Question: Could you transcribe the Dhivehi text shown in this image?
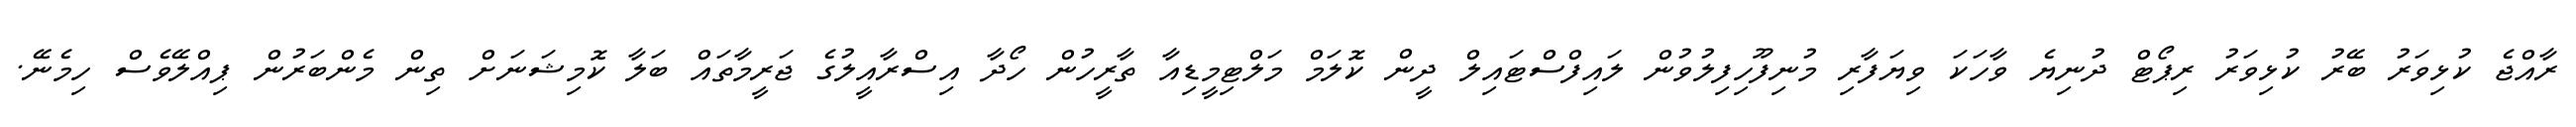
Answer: ރާއްޖެ ކުޅިވަރު ބޭރު ކުޅިވަރު ރިޕޯޓް ދުނިޔެ ވާހަކަ ވިޔަފާރި މުނިފޫހިފިލުވުން ލައިފްސްޓައިލް ދީން ކޮލަމް މަލްޓިމީޑިއާ ތާރީހުން ހޯދާ އިސްރާއީލުގެ ޖަރީމާތައް ބަލާ ކޮމިޝަނަށް ތިން މެންބަރުން ޕިއްލޭވެސް ހިމެނޭ.